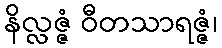
နိလ္လဇ္ဇံ ဝီတသာရဇ္ဇံ၊